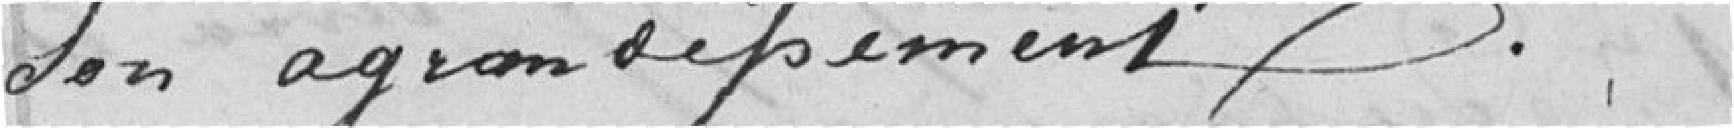
son agrandissement.